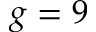
g = 9